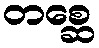
တစ္ဆေ